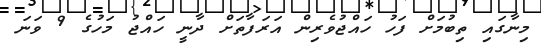
މިނާގައި ތިބުމަށް ފަހު ހައްޖުވެރިން އަރަފާތަށް ދާނީ ހައްޖު މަހުގެ 9 ވަނަ